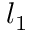
l _ { 1 }